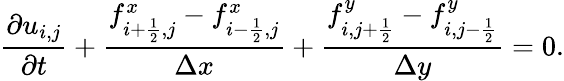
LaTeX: \frac{\partial u_{i,j}}{\partial t}+\frac{f_{i+\frac{1}{2},j}^{x}-f_{i-\frac{1}{2},j}^{x}}{\Delta x}+\frac{f_{i,j+\frac{1}{2}}^{y}-f_{i,j-\frac{1}{2}}^{y}}{\Delta y}=0.